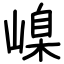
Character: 嵲